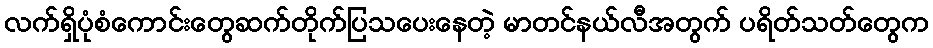
လက်ရှိပုံစံကောင်းတွေဆက်တိုက်ပြသပေးနေတဲ့ မာတင်နယ်လီအတွက် ပရိတ်သတ်တွေက